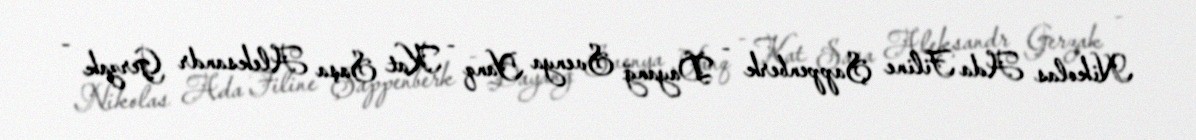
Nikolas Ada Filine Şappenberk - Dayanğ Svenya Yanq - Kat Saşa Aleksandr Gerzak -